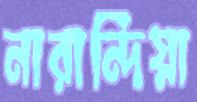
নারান্দিয়া